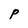
Character: P